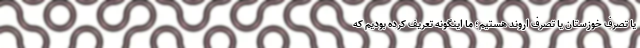
یا تصرف خوزستان یا تصرف اروند هستیم؛ ما اینگونه تعریف کرده بودیم که